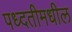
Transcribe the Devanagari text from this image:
पध्दतीमधील